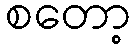
စတော့